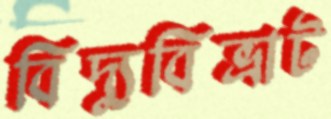
বিদ্যুবিভ্রাট